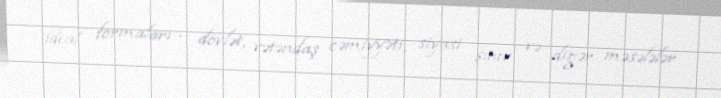
ideal formaları – dövlət, vətəndaş cəmiyyəti, siyasi şüur və digər məsələlər